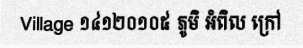
Village ១៤១២០១០៥ ភូមិ អំពិល ក្រៅ